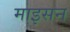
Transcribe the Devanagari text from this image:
माइसन